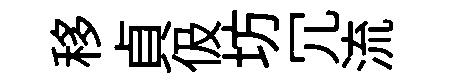
移貞伋坊冗流